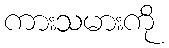
ကားသမားကို